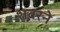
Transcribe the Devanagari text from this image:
शवरने